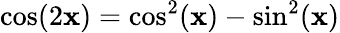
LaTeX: \cos(2\mathbf{x})=\cos^{2}(\mathbf{x})-\sin^{2}(\mathbf{x})